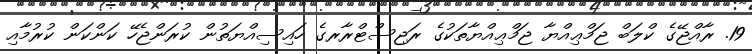
19. ރާއްޖޭގެ ކްލަބް ޖަމްޢިއްޔާ ޖަމްޢިއްޔާތަކުގެ ރަޖިސްޓްރާރގެ ހައިސިއްޔަތުން ކުރަންޖެހޭ ކަންކަން ކުރުމާއި